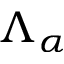
\Lambda _ { \alpha }